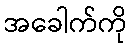
အခေါက်ကို